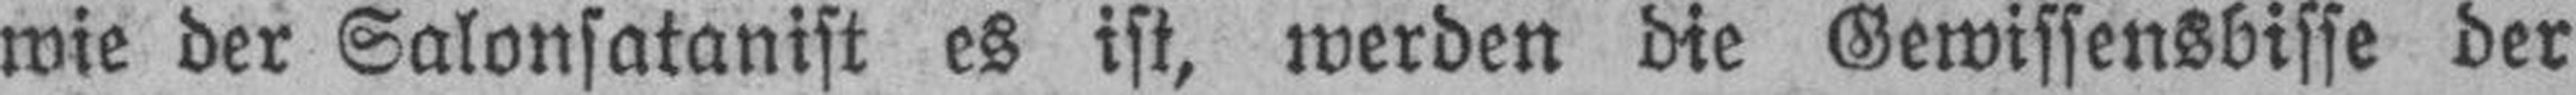
wie der Salonsatanist es ist, werden die Gewissensbisse der